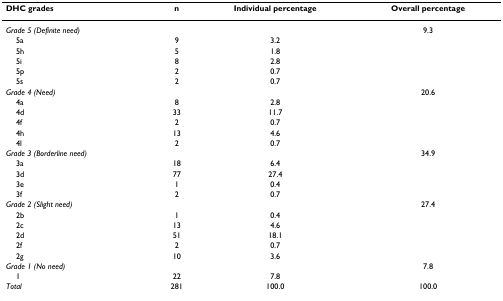
<table><thead><tr><td><b>DHC grades</b></td><td><b>n</b></td><td><b>Individual percentage</b></td><td><b>Overall percentage</b></td></tr></thead><tbody><tr><td><i>Grade 5 (Definite need)</i></td><td></td><td></td><td>9.3</td></tr><tr><td> 5a</td><td>9</td><td>3.2</td><td></td></tr><tr><td> 5h</td><td>5</td><td>1.8</td><td></td></tr><tr><td> 5i</td><td>8</td><td>2.8</td><td></td></tr><tr><td> 5p</td><td>2</td><td>0.7</td><td></td></tr><tr><td> 5s</td><td>2</td><td>0.7</td><td></td></tr><tr><td><i>Grade 4 (Need)</i></td><td></td><td></td><td>20.6</td></tr><tr><td> 4a</td><td>8</td><td>2.8</td><td></td></tr><tr><td> 4d</td><td>33</td><td>11.7</td><td></td></tr><tr><td> 4f</td><td>2</td><td>0.7</td><td></td></tr><tr><td> 4h</td><td>13</td><td>4.6</td><td></td></tr><tr><td> 4l</td><td>2</td><td>0.7</td><td></td></tr><tr><td><i>Grade 3 (Borderline need)</i></td><td></td><td></td><td>34.9</td></tr><tr><td> 3a</td><td>18</td><td>6.4</td><td></td></tr><tr><td> 3d</td><td>77</td><td>27.4</td><td></td></tr><tr><td> 3e</td><td>1</td><td>0.4</td><td></td></tr><tr><td> 3f</td><td>2</td><td>0.7</td><td></td></tr><tr><td><i>Grade 2 (Slight need)</i></td><td></td><td></td><td>27.4</td></tr><tr><td> 2b</td><td>1</td><td>0.4</td><td></td></tr><tr><td> 2c</td><td>13</td><td>4.6</td><td></td></tr><tr><td> 2d</td><td>51</td><td>18.1</td><td></td></tr><tr><td> 2f</td><td>2</td><td>0.7</td><td></td></tr><tr><td> 2g</td><td>10</td><td>3.6</td><td></td></tr><tr><td><i>Grade 1 (No need)</i></td><td></td><td></td><td>7.8</td></tr><tr><td> 1</td><td>22</td><td>7.8</td><td></td></tr><tr><td><i>Total</i></td><td>281</td><td>100.0</td><td>100.0</td></tr></tbody></table>